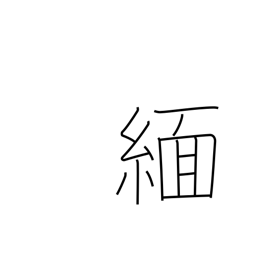
Meaning: Burma